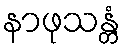
နာဖုသန္တံ